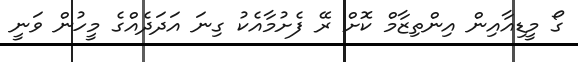
ގޯ މީޑިއާއިން އިންތިޒާމް ކޮށް ރޭ ފެށުމާއެކު ގިނަ އަދަދެއްގެ މީހުން ވަނީ